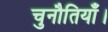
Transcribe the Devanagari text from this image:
चुनौतियाँ।